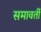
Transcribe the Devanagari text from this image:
समावर्ती